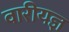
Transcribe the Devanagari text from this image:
वारीयज्ञ